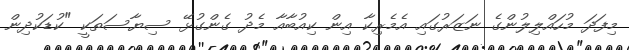
މިފަދަ މުހައްލިލުންގެ ނަޒަރުގައި އެމެރިކާ އިން ކިއުބާއާ މެދު ގެންގުޅޭ ސިޔާސަތަކީ "ކުޑަކުދިން